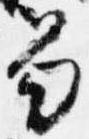
笏